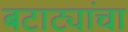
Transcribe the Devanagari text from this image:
बटाट्यांचा